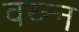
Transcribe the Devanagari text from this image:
वय्न्न